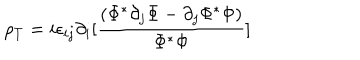
\rho _ { T } = i \epsilon _ { i j } \partial _ { i } [ { \frac { ( \Phi ^ { * } \partial _ { j } \Phi - \partial _ { j } \Phi ^ { * } \Phi ) } { \Phi ^ { * } \Phi } } ]